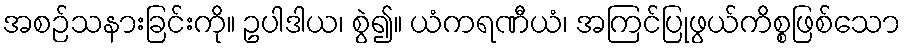
အစဉ်သနားခြင်းကို။ ဥပါဒါယ၊ စွဲ၍။ ယံကရဏီယံ၊ အကြင်ပြုဖွယ်ကိစ္စဖြစ်သော